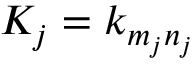
K _ { j } = k _ { m _ { j } n _ { j } }